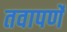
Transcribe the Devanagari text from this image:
तवापर्णे